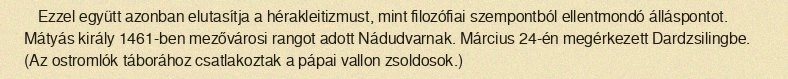
Ezzel együtt azonban elutasítja a hérakleitizmust, mint filozófiai szempontból ellentmondó álláspontot. Mátyás király 1461-ben mezővárosi rangot adott Nádudvarnak. Március 24-én megérkezett Dardzsilingbe. (Az ostromlók táborához csatlakoztak a pápai vallon zsoldosok.)